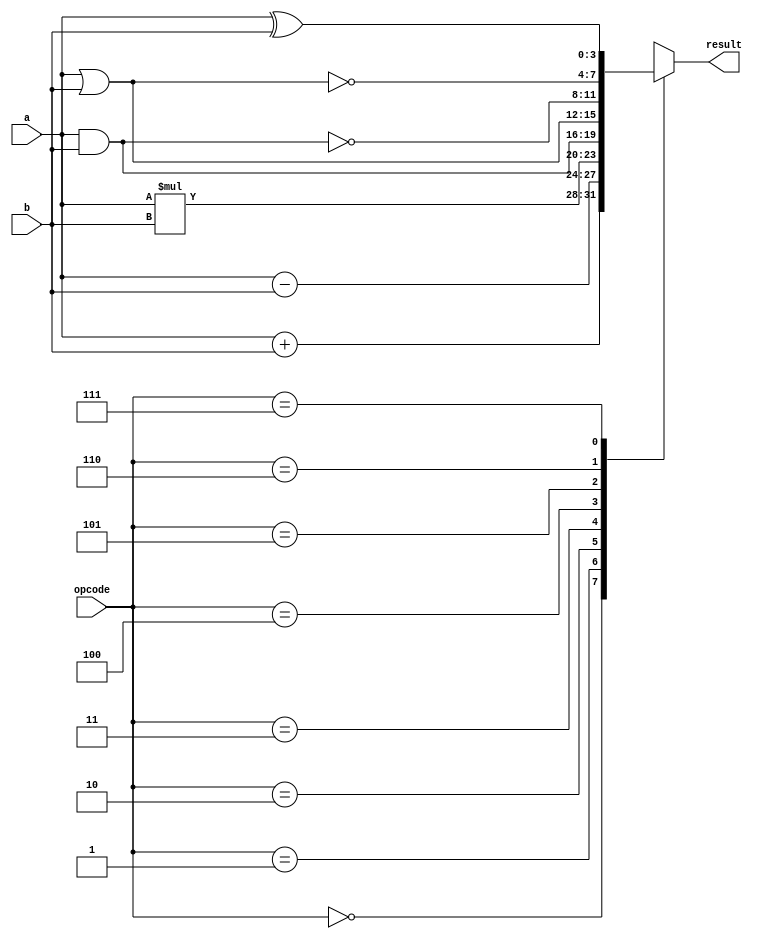
module alu(a,b,opcode,result);

input [3:0]a,b;
input [2:0]opcode;
output reg [3:0]result;

always@(*)
case(opcode)
3'b000: result=a+b; // add
3'b001: result=a-b; // subtract
3'b010: result=a*b; // multiplication
3'b011: result= a & b; // AND operation
3'b100: result= a | b; // OR operation
3'b101: result= ~(a&b); // NAND operation
3'b110: result= ~(a|b); // NOR operation
3'b111: result= a ^ b; // XOR operation
endcase

endmodule